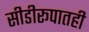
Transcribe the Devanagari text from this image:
सीडीरूपातही